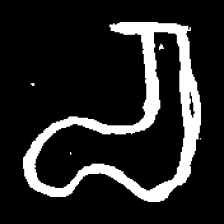
Pyu character \u2014 Myanmar letter: စ (romanized: ca)